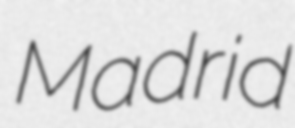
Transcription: Madrid